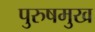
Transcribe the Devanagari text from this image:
पुरुषमुख